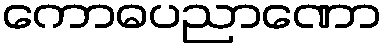
ကောဓပညာဏော